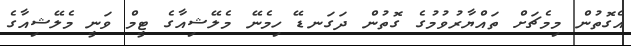
އެގޮތުން މިމެޗަށް ތައްޔާރުވުމުގެ ގޮތުން ދަގަނޑޭ ހިމެނޭ މެލޭޝިއާގެ ޓީމް ވަނީ މެލޭޝިއާގެ